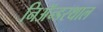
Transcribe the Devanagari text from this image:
निअॅन्डरथाल